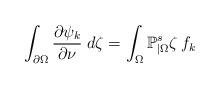
LaTeX: \begin{align*}\int_{\partial\Omega}\frac{\partial\psi_k}{\partial\nu}\;d\zeta=\int_\Omega\mathbb{P}_{|\Omega}^s\zeta\,f_k\end{align*}